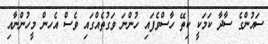
ސައުންގެ ސާދާ ކަމަކީ ކިތޭ ހާސްވެފައި ހުންނަ ވަގުތެއްގައި ވެސް އެހން މީހުންނާއި